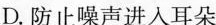
D.防止噪声进入耳朵